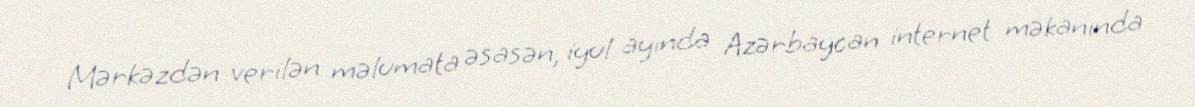
Mərkəzdən verilən məlumata əsasən, iyul ayında Azərbaycan internet məkanında